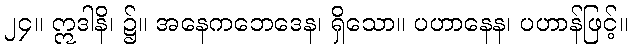
၂၄။ ဣဒါနိ၊ ၌။ အနေကဘေဒေန၊ ရှိသော။ ပဟာနေန၊ ပဟာန်ဖြင့်။